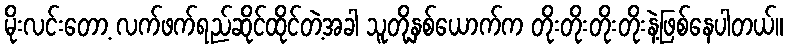
မိုးလင်းတော့ လက်ဖက်ရည်ဆိုင်ထိုင်တဲ့အခါ သူတို့နှစ်ယောက်က တိုးတိုးတိုးတိုးနဲ့ဖြစ်နေပါတယ်။